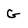
Character: G